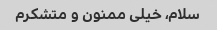
سلام، خیلی ممنون و متشکرم